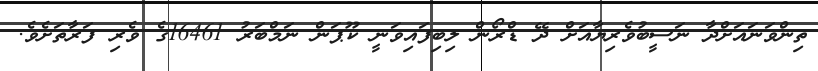
ތިންވަނައަށްދާ ނަސީބުވެރިޔާއަށް ދޭ ޑްރޯން ލިބިފައިވަނީ ކޫޕަން ނަމްބަރު 16461ގެ ވެރި ފަރާތަށެވެ.